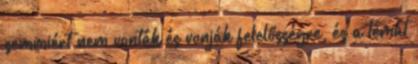
semmiért nem vonták és vonják felelősségre, és a témát